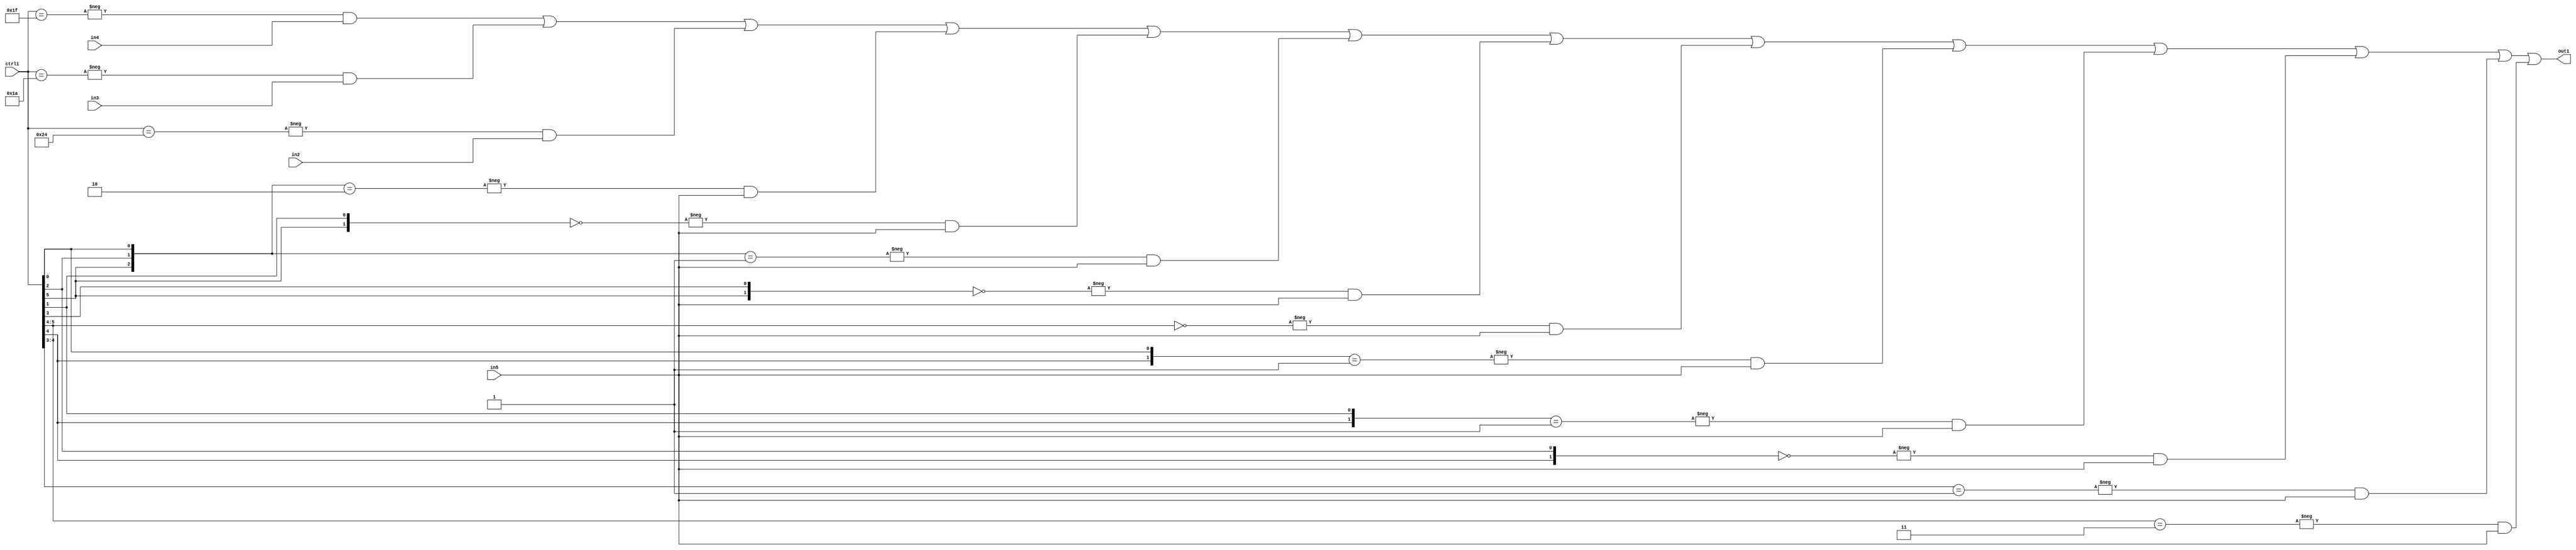
`timescale 1ps / 1ps
/*****************************************************************************
    Verilog RTL Description
    
    
    Created by: Stratus DpOpt 21.05.01 
*******************************************************************************/

module SobelFilter_N_Mux_32_4_24_4 (
	in5,
	in4,
	in3,
	in2,
	ctrl1,
	out1
	); /* architecture "behavioural" */ 
input [31:0] in5;
input [8:0] in4,
	in3,
	in2;
input [5:0] ctrl1;
output [31:0] out1;
wire [31:0] asc001;

assign asc001 = 
	-{ctrl1 == 6'B011111} & in4 |
	-{ctrl1 == 6'B011010} & in3 |
	-{ctrl1 == 6'B100100} & in2 |
	-{{ctrl1[5], ctrl1[2], ctrl1[0]} == 3'B010} & in5 |
	-{{ctrl1[5], ctrl1[1]} == 2'B00} & in5 |
	-{{ctrl1[5], ctrl1[2], ctrl1[0]} == 3'B001} & in5 |
	-{{ctrl1[5], ctrl1[3]} == 2'B00} & in5 |
	-{ctrl1[5:4] == 2'B00} & in5 |
	-{{ctrl1[4], ctrl1[0]} == 2'B01} & in5 |
	-{{ctrl1[4], ctrl1[1]} == 2'B01} & in5 |
	-{{ctrl1[4], ctrl1[2]} == 2'B00} & in5 |
	-{ctrl1[4:3] == 2'B01} & in5 |
	-{ctrl1[5:4] == 2'B11} & in5 ;

assign out1 = asc001;
endmodule

/* CADENCE  vLLzTAw= : u9/ySxbfrwZIxEzHVQQV8Q== ** DO NOT EDIT THIS LINE ******/